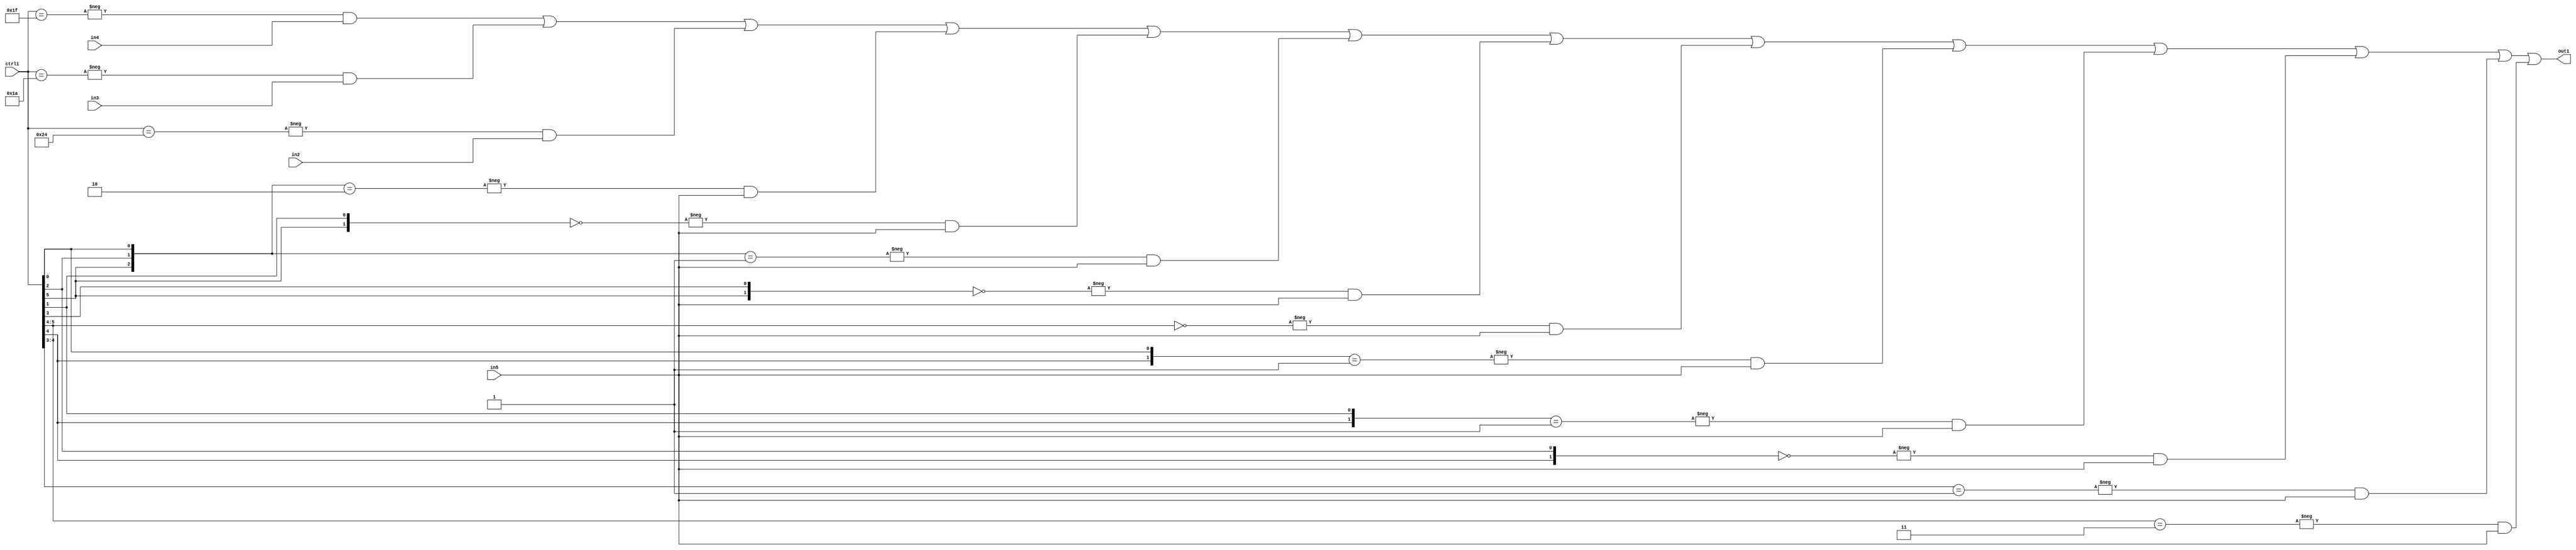
`timescale 1ps / 1ps
/*****************************************************************************
    Verilog RTL Description
    
    
    Created by: Stratus DpOpt 21.05.01 
*******************************************************************************/

module SobelFilter_N_Mux_32_4_24_4 (
	in5,
	in4,
	in3,
	in2,
	ctrl1,
	out1
	); /* architecture "behavioural" */ 
input [31:0] in5;
input [8:0] in4,
	in3,
	in2;
input [5:0] ctrl1;
output [31:0] out1;
wire [31:0] asc001;

assign asc001 = 
	-{ctrl1 == 6'B011111} & in4 |
	-{ctrl1 == 6'B011010} & in3 |
	-{ctrl1 == 6'B100100} & in2 |
	-{{ctrl1[5], ctrl1[2], ctrl1[0]} == 3'B010} & in5 |
	-{{ctrl1[5], ctrl1[1]} == 2'B00} & in5 |
	-{{ctrl1[5], ctrl1[2], ctrl1[0]} == 3'B001} & in5 |
	-{{ctrl1[5], ctrl1[3]} == 2'B00} & in5 |
	-{ctrl1[5:4] == 2'B00} & in5 |
	-{{ctrl1[4], ctrl1[0]} == 2'B01} & in5 |
	-{{ctrl1[4], ctrl1[1]} == 2'B01} & in5 |
	-{{ctrl1[4], ctrl1[2]} == 2'B00} & in5 |
	-{ctrl1[4:3] == 2'B01} & in5 |
	-{ctrl1[5:4] == 2'B11} & in5 ;

assign out1 = asc001;
endmodule

/* CADENCE  vLLzTAw= : u9/ySxbfrwZIxEzHVQQV8Q== ** DO NOT EDIT THIS LINE ******/